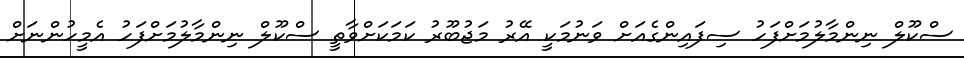
ސްކޫލް ނިންމާލުމަށްފަހު ސިފައިންގެއަށް ވަނުމަކީ އޭރު މަޖުބޫރު ކަމަކަށްވާތީ ސްކޫލް ނިންމާލުމަށްފަހު އެމީހުންނަށް